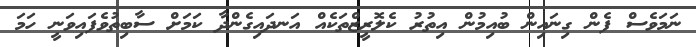
ނަމަވެސް ފެން ގިނައިން ބުއިމުން އިތުރު ކެލޮރީޒްތަކެއް އަނދައިގެންދާ ކަމަށް ސާބިތުވެފައިވަނީ ހަމަ